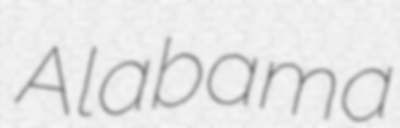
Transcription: Alabama